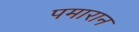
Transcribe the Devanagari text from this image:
पमारान